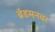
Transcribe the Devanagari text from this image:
ब्रॅडमनवर